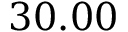
3 0 . 0 0